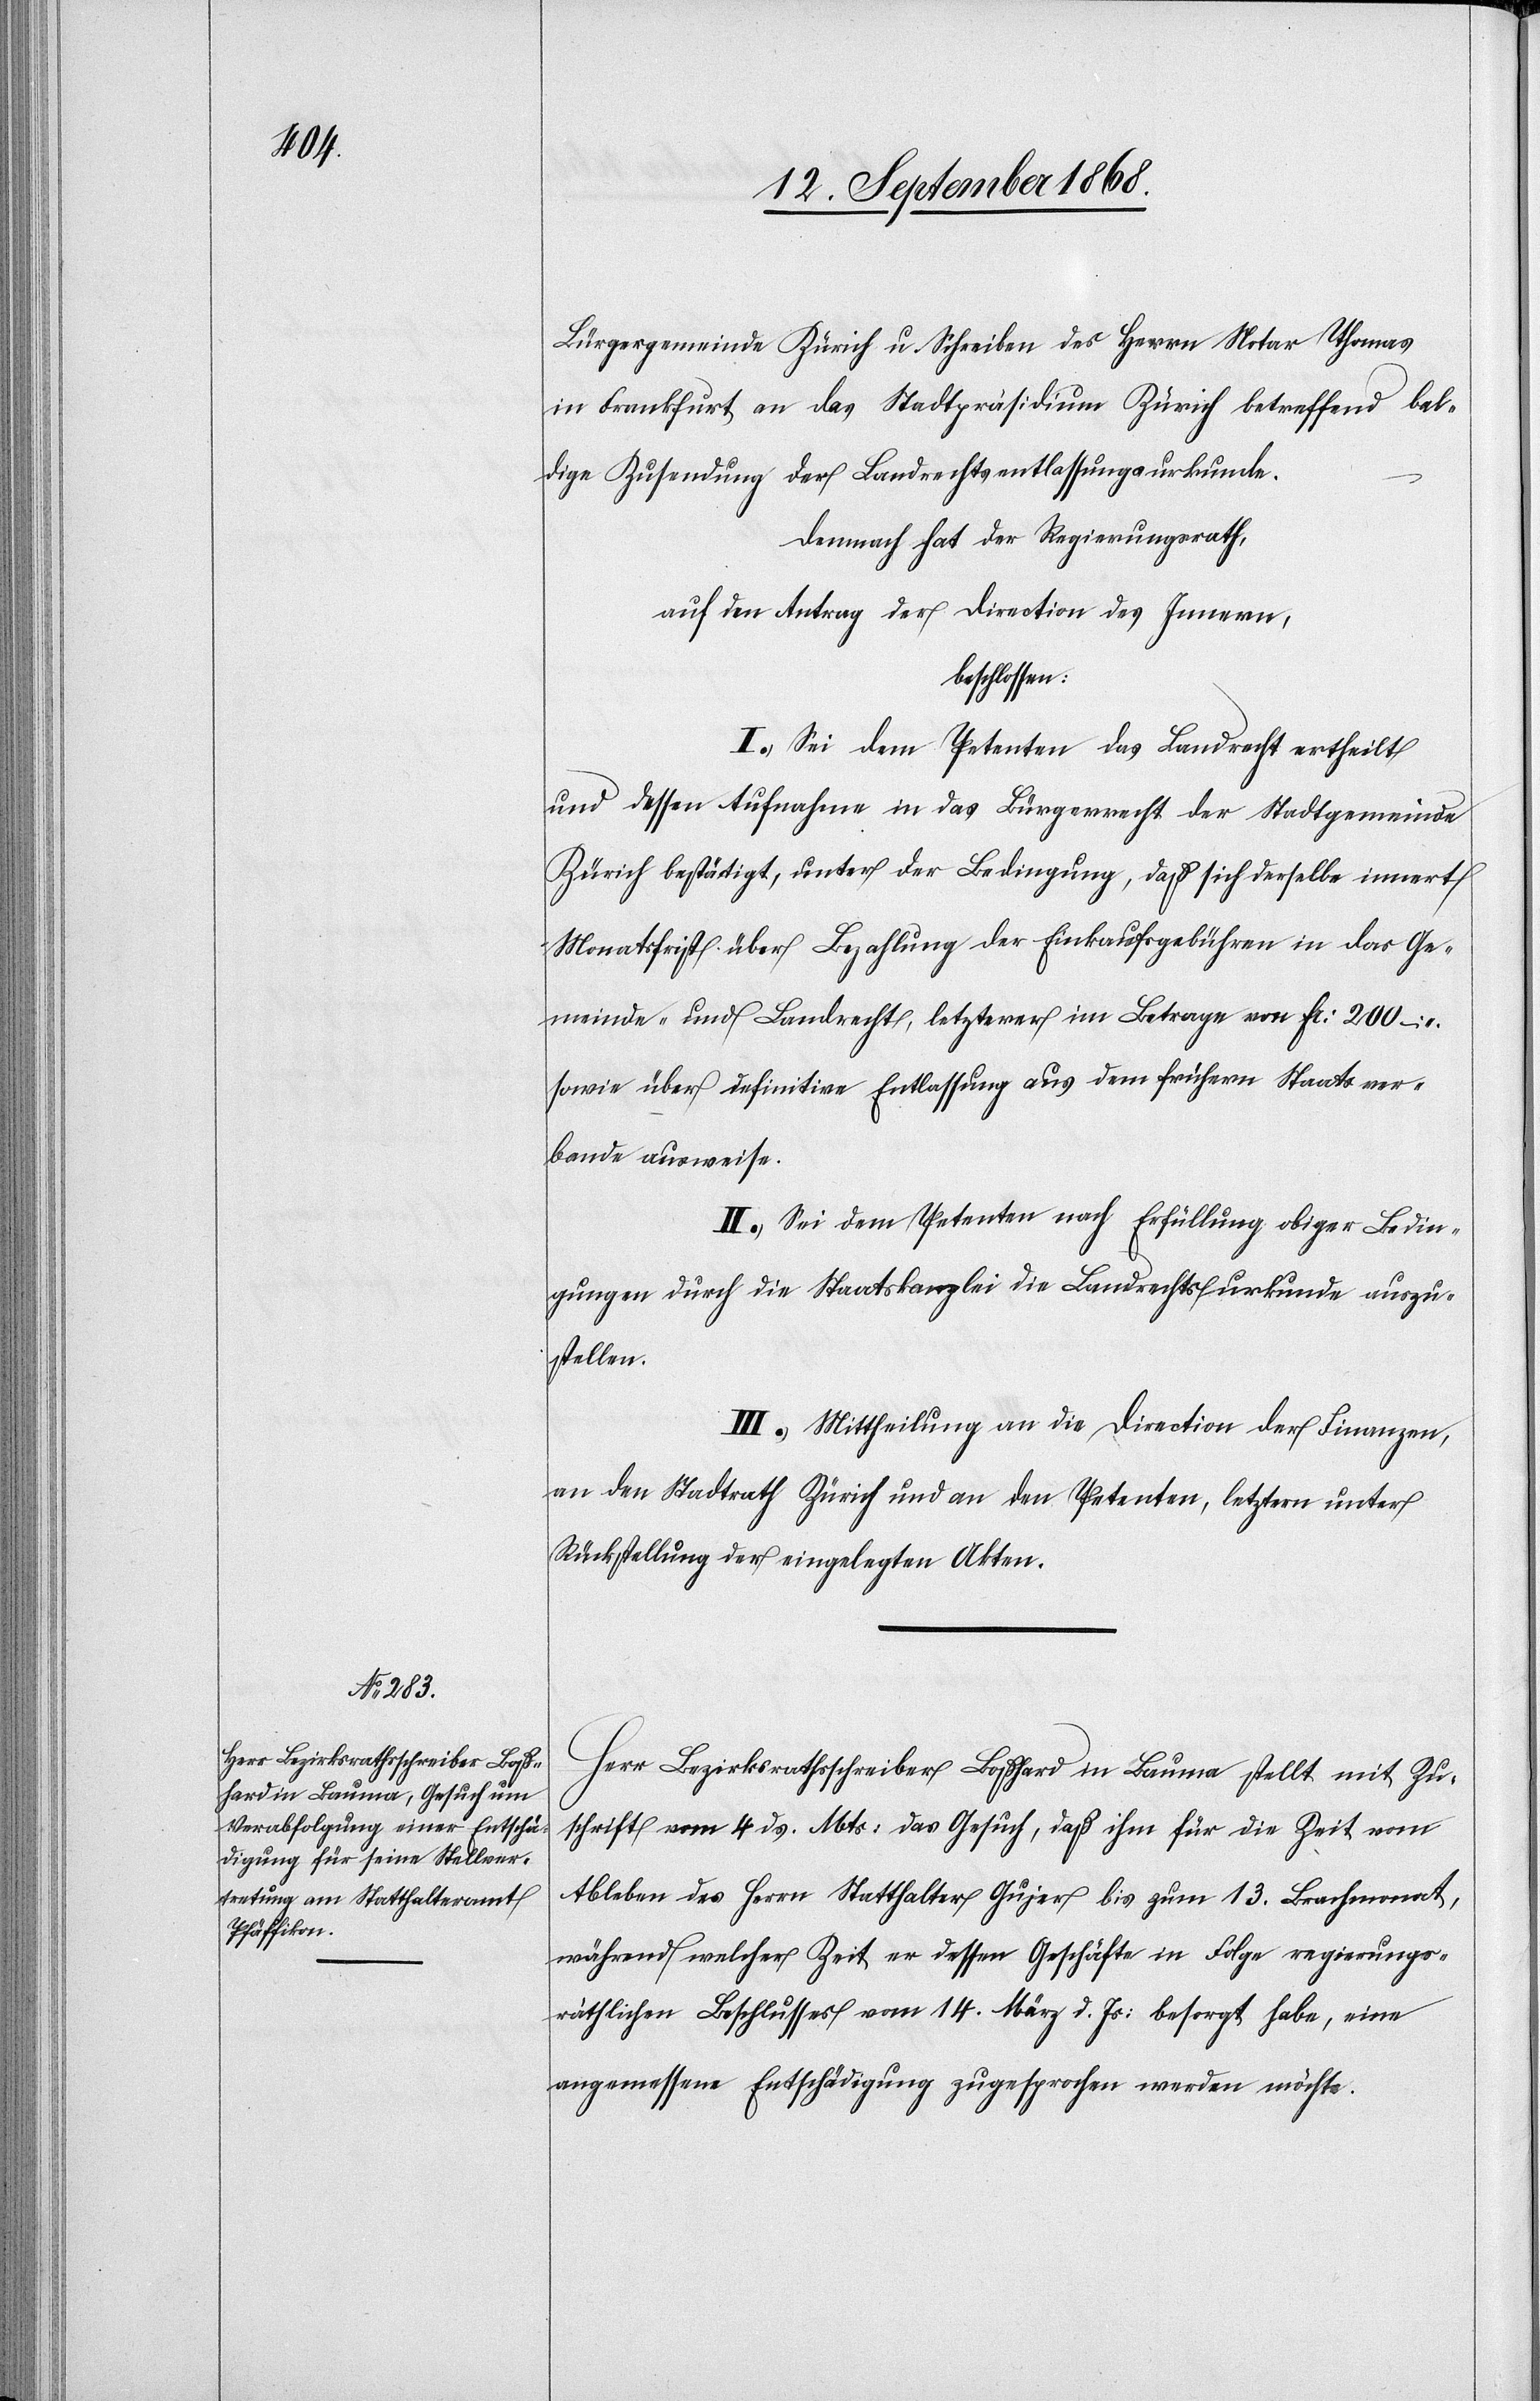
Bürgergemeinde Zürich u. Schreiben des Herrn Notar Thomas
in Frankfurt an das Stadtpräsidium Zürich betreffend bal¬
dige Zusendung der Landrechtsentlassungsurkunde.
Demnach hat der Regierungsrath,
auf den Antrag der Direction des Innern,
beschlossen:
I.) Sei dem Petenten das Landrecht ertheilt
und dessen Aufnahme in das Bürgerrecht der Stadtgemeinde
Zürich bestätigt, unter der Bedingung, daß sich derselbe innert
Monatsfrist über Bezahlung der Einkaufsgebühren in das Ge¬
meinde- und Landrecht, letzterer im Betrage von Fr: 200 –
sowie über definitive Entlassung aus dem frühern Staatsver¬
bande ausweise.
II.) Sei dem Petenten nach Erfüllung obiger Bedin¬
gungen durch die Staatskanzlei die Landrechtsurkunde auszu¬
stellen.
III.) Mittheilung an die Direction der Finanzen,
an den Stadtrath Zürich und an den Petenten, letztern unter
Rückstellung der eingelegten Akten.
Herr Bezirksrathsschreiber Boßhard in Bauma stellt mit Zu¬
schrift vom 4 ds. Mts: das Gesuch, daß ihm für die Zeit vom
Ableben des Herrn Statthalter Gujer bis zum 13. Brachmonat,
während welcher Zeit er dessen Geschäfte in Folge regierungs¬
räthlichen Beschlusses vom 14. März d. Js: besorgt habe, eine
angemessene Entschädigung zugesprochen werden möchte.